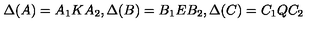
\Delta ( A ) = A _ { 1 } K A _ { 2 } , \Delta ( B ) = B _ { 1 } E B _ { 2 } , \Delta ( C ) = C _ { 1 } Q C _ { 2 }